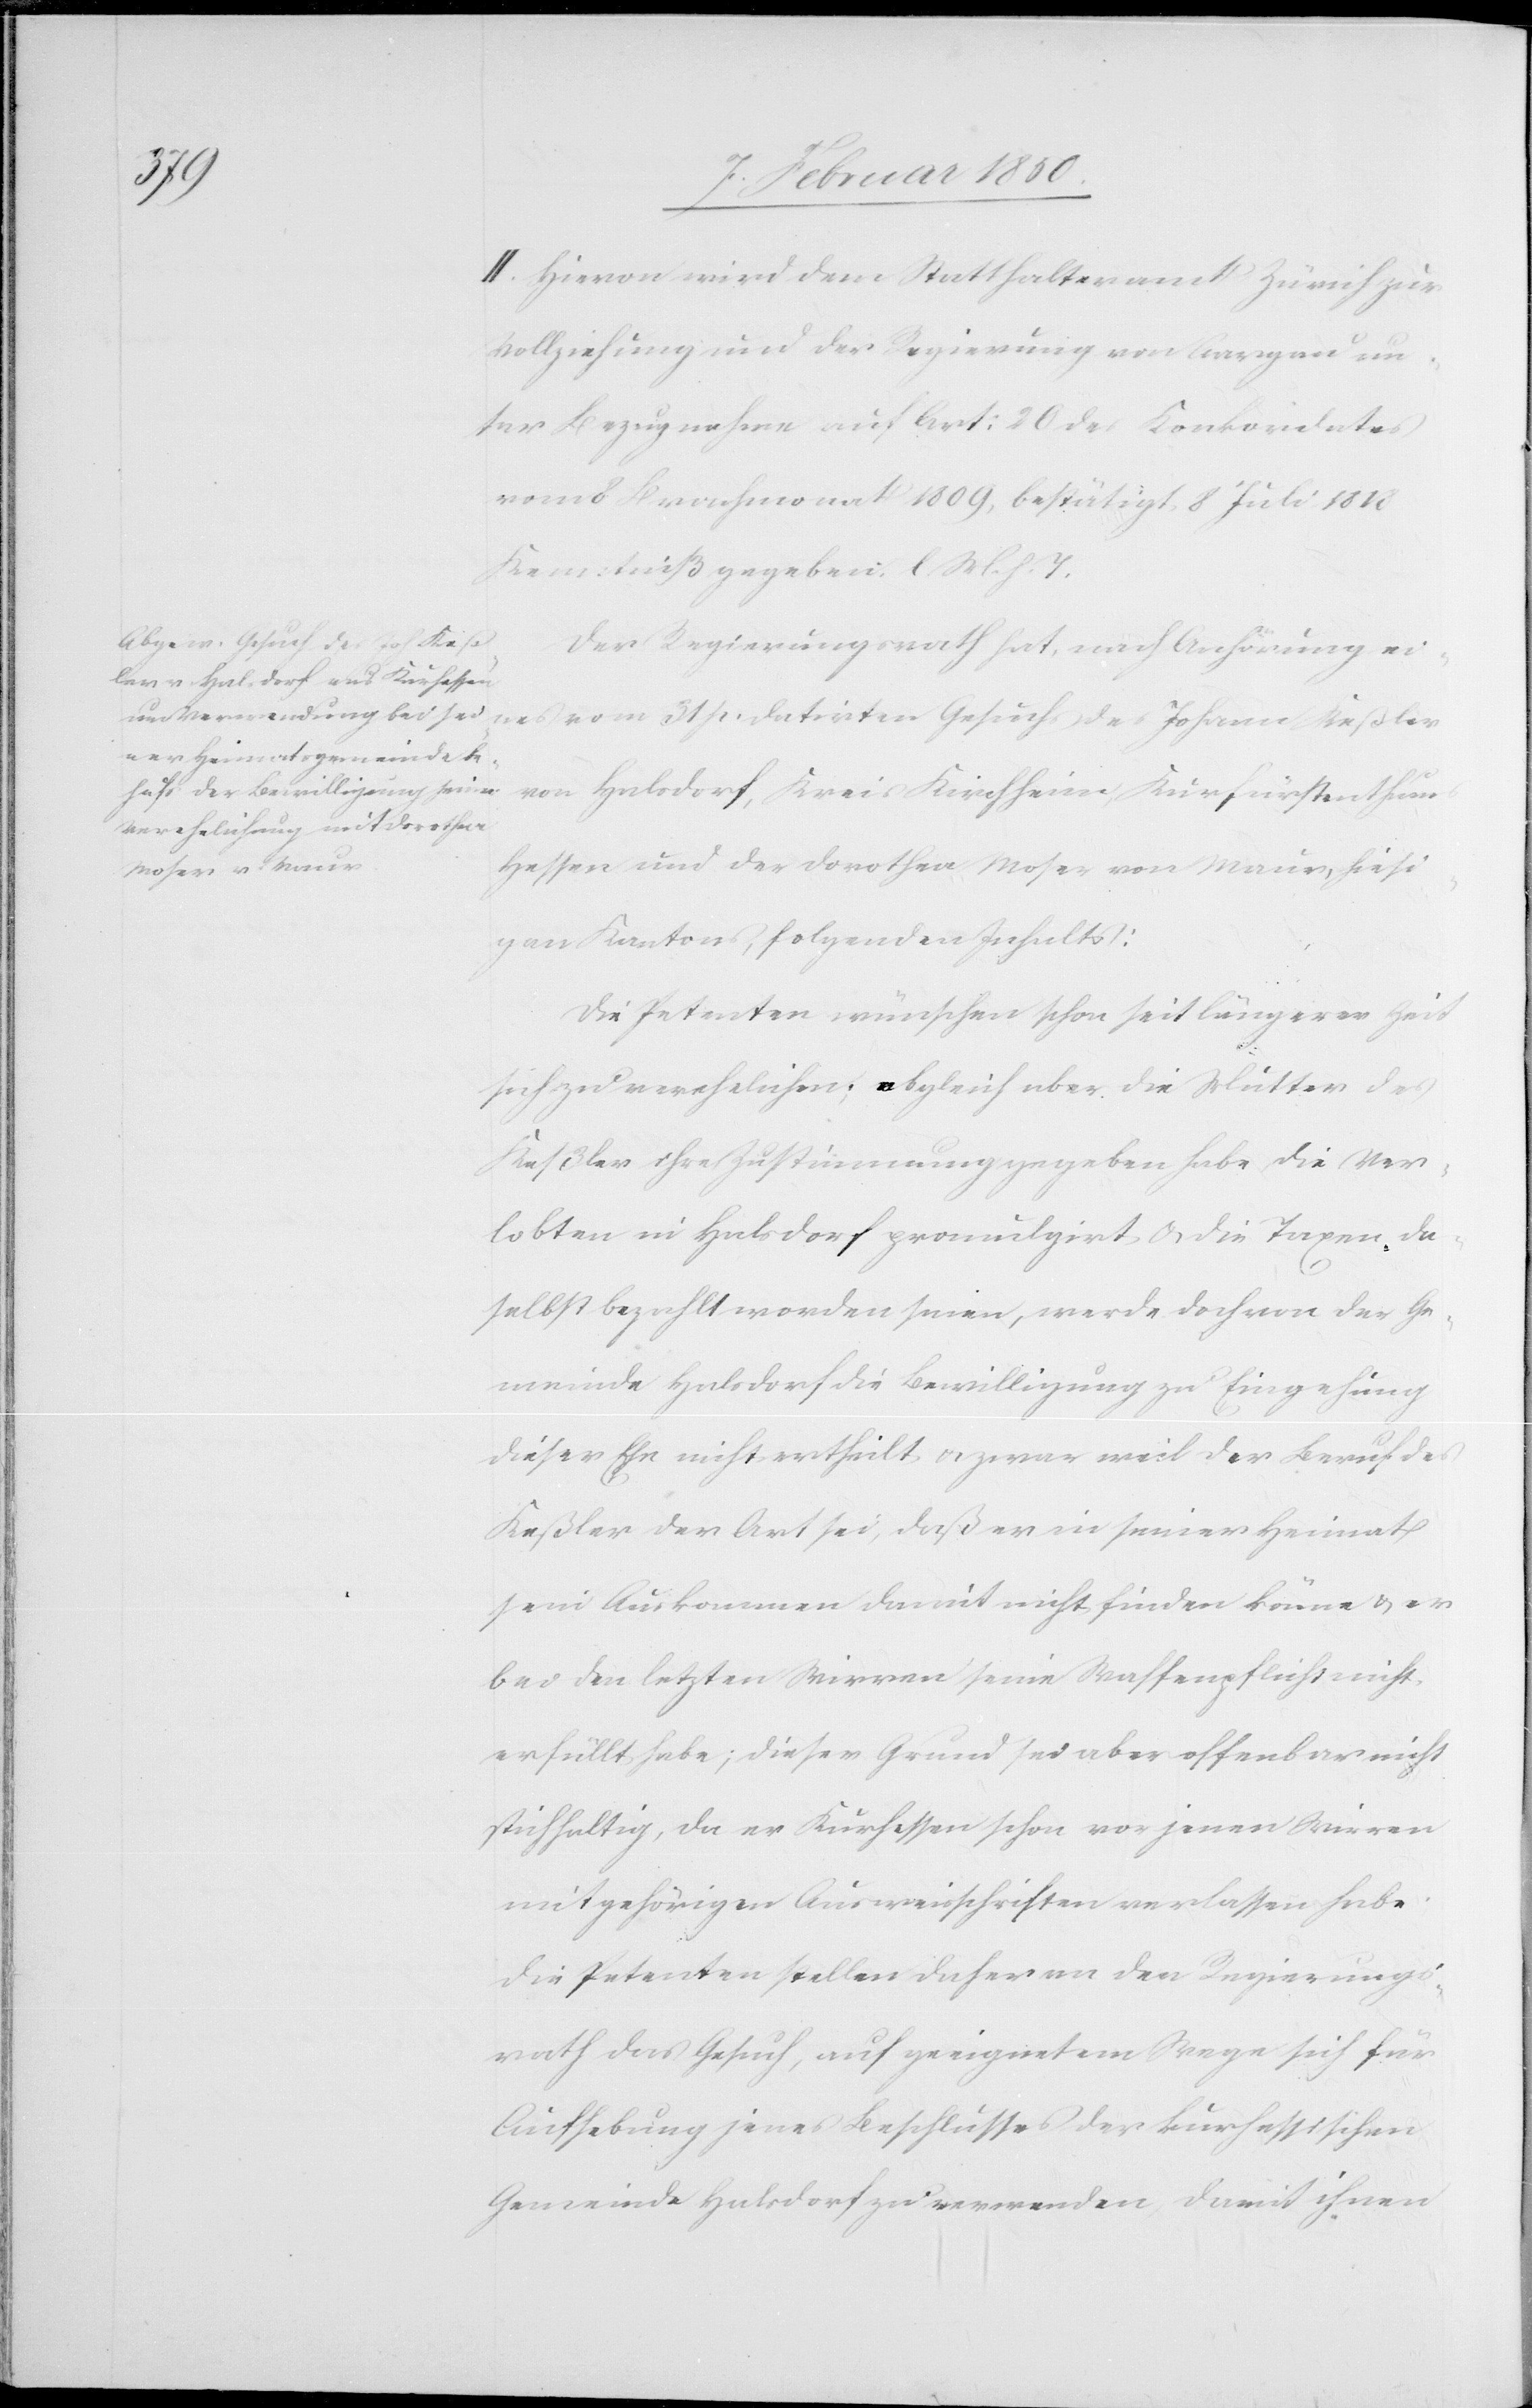
II. Hievon wird dem Statthalteramt Zürich zur
Vollziehung und der Regierung von Aargau un¬
ter Bezugnahme auf Art: 20 des Konkordates
vom 8 Brachmonat 1809, bestätigt 8 Juli 1818
Kenntniß gegeben. l. M. h. T.
Der Regierungsrath hat, nach Anhörung ei¬
nes vom 31 p. datirten Gesuchs des Johann Keßler
von Halsdorf, Kreis Kirchheim, Kurfürstenthum
Hessen und der Dorothea Moser von Maur, hiesi¬
gen Kantons, folgenden Inhalts:
Die Petenten wünschen schon seit längerer Zeit
sich zu verehelichen; obgleich aber die Mutter des
Keßler ihre Zustimmung gegeben habe, die Ver¬
lobten in Halsdorf promulgirt u. die Taxen da¬
selbst bezahlt worden seien, werde doch von der Ge¬
meinde Halsdorf die Bewilligung zu Eingehung
dieser Ehe nicht ertheilt u. zwar weil der Beruf des
Keßler der Art sei, daß er in seiner Heimat
sein Auskommen damit nicht finden könne u. er
bei den letzten Wirren seine Waffenpflicht nicht
erfüllt habe; dieser Grund sei aber offenbar nicht
stichhaltig, da er Kurhessen schon vor jenen Wirren
mit gehörigen Ausweisschriften verlassen habe.
Die Petenten stellen daher an den Regierungs¬
rath das Gesuch, auf geeignetem Wege sich für
Aufhebung jenes Beschlusses der kurhessischen
Gemeinde Halsdorf zu verwenden damit ihnen